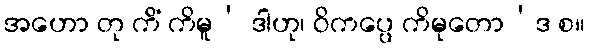
အဟော တု ကိံ ကိမူ’ ဒါဟု၊ ဝိကပ္ပေ ကိမုတော’ဒ စ။